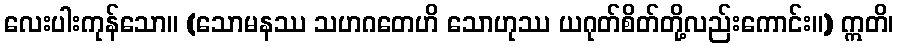
လေးပါးကုန်သော။ (သောမနဿ သဟဂတေဟိ သောဟုဿ ယဂုတ်စိတ်တို့လည်းကောင်း။) ဣတိ၊